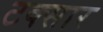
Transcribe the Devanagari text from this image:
टक्सार